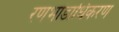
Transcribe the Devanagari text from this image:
रणभांडाधिकरण